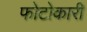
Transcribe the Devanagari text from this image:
फोटोकारी